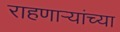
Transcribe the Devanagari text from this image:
राहणार्‍यांच्या